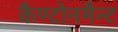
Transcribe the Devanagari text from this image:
कैण्टोनमैन्ट